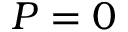
P = 0